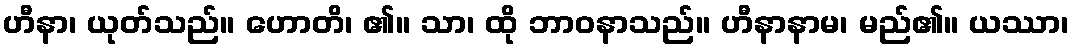
ဟီနာ၊ ယုတ်သည်။ ဟောတိ၊ ၏။ သာ၊ ထို ဘာဝနာသည်။ ဟီနာနာမ၊ မည်၏။ ယဿာ၊